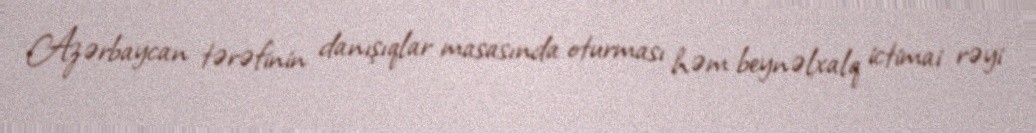
Azərbaycan tərəfinin danışıqlar masasında oturması həm beynəlxalq ictimai rəyi